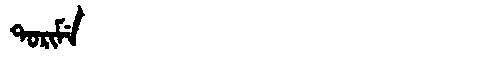
Manchu: ᡨᠣᡵᡳᠮᡝ
Romanization: TORIME